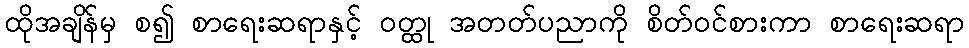
ထိုအချိန်မှ စ၍ စာရေးဆရာနှင့် ဝတ္ထု အတတ်ပညာကို စိတ်ဝင်စားကာ စာရေးဆရာ